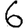
Digit: 6